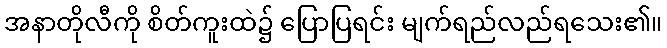
အနာတိုလီကို စိတ်ကူးထဲ၌ ပြောပြရင်း မျက်ရည်လည်ရသေး၏။